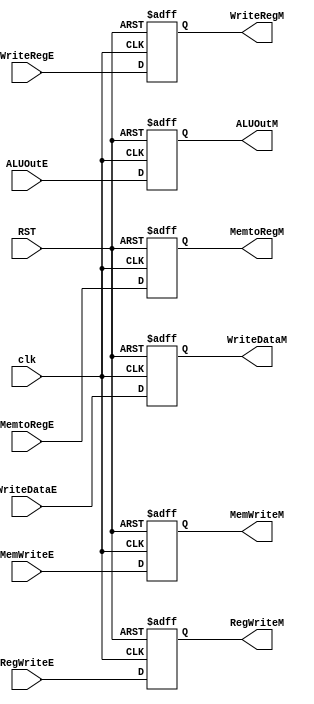
module Execute_Reg(
input  clk,RST,RegWriteE,MemtoRegE,MemWriteE,
input      [31:0] ALUOutE,WriteDataE,
input      [4 :0] WriteRegE,
output reg        RegWriteM,MemtoRegM,MemWriteM,
output reg [31:0] ALUOutM,WriteDataM,
output reg [4 :0] WriteRegM
);
 always @(posedge clk or negedge RST)
 begin
    if(~RST)
    begin
    RegWriteM <=0;
    MemtoRegM <=0;
    MemWriteM <=0;
    ALUOutM   <=0;
    WriteDataM<=0;
    WriteRegM <=0;
    end
    else
    begin
    RegWriteM <=RegWriteE;
    MemtoRegM <=MemtoRegE;
    MemWriteM <=MemWriteE;
    ALUOutM   <=ALUOutE;
    WriteDataM<=WriteDataE;
    WriteRegM <=WriteRegE;
    end                                  
 end
endmodule